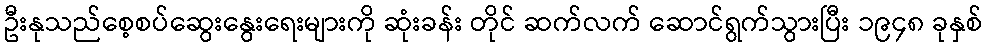
ဦးနုသည်စေ့စပ်ဆွေးနွေးရေးများကို ဆုံးခန်း တိုင် ဆက်လက် ဆောင်ရွက်သွားပြီး ၁၉၄၈ ခုနှစ်